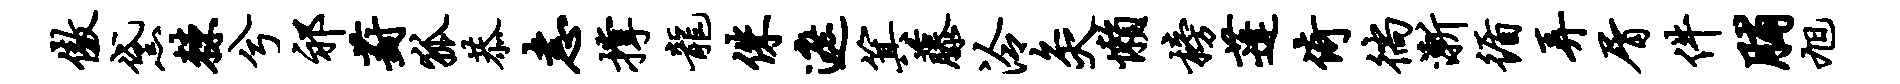
傲黛棘兮祁葑狐恭恚撑龙侏遮箕藤泠灸懒榜蓬倚徜渐循弄屑件脯旭